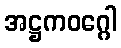
အဋ္ဌကဝဂ္ဂေါ